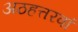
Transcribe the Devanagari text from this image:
अठहत्तरवां